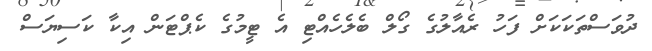
ދުވަސްތަކަކަށް ފަހު ރެއާލުގެ ގޯލް ބެލެހެއްޓި އެ ޓީމުގެ ކެޕްޓަން އިކާ ކަސިޔަސް